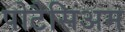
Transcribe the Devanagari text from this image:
पोटैसिअम